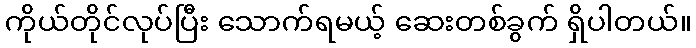
ကိုယ်တိုင်လုပ်ပြီး သောက်ရမယ့် ဆေးတစ်ခွက် ရှိပါတယ်။